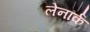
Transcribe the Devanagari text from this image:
लेनॉर्क